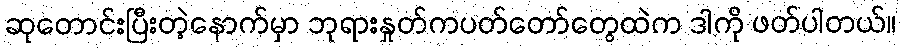
ဆုတောင်းပြီးတဲ့နောက်မှာ ဘုရားနှုတ်ကပတ်တော်တွေထဲက ဒါကို ဖတ်ပါတယ်။